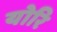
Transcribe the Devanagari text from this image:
योरि